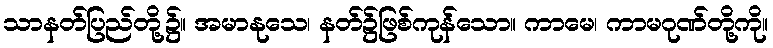
သာနတ်ပြည်တို့၌။ အမာနုသေ၊ နတ်၌ဖြစ်ကုန်သော။ ကာမေ၊ ကာမဂုဏ်တို့ကို။